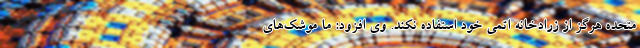
متحده هرگز از زرادخانه اتمی خود استفاده نکند. وی افزود: ما موشک‌های